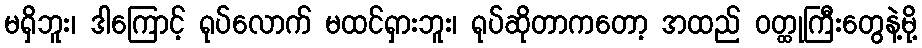
မရှိဘူး၊ ဒါကြောင့် ရုပ်လောက် မထင်ရှားဘူး၊ ရုပ်ဆိုတာကတော့ အထည် ဝတ္ထုကြီးတွေနဲ့မို့